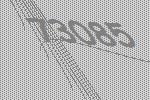
73085